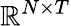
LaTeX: \mathbb{R}^{N\times T}